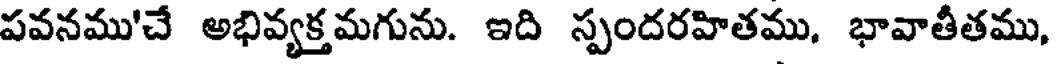
పవనము'చే అభివ్యక్తమగును. ఇది స్పందరహితము, భావాతీతము,